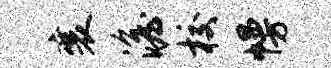
襄澹校幔